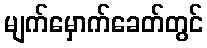
မျက်မှောက်ခေတ်တွင်